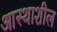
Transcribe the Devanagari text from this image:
आस्थाशील